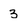
Character: 3